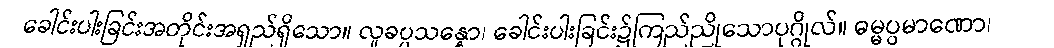
ခေါင်းပါးခြင်းအတိုင်းအရှည်ရှိသော။ လူခပ္ပသန္နော၊ ခေါင်းပါးခြင်း၌ကြည်ညိုသောပုဂ္ဂိုလ်။ ဓမ္မပ္ပမာဏော၊